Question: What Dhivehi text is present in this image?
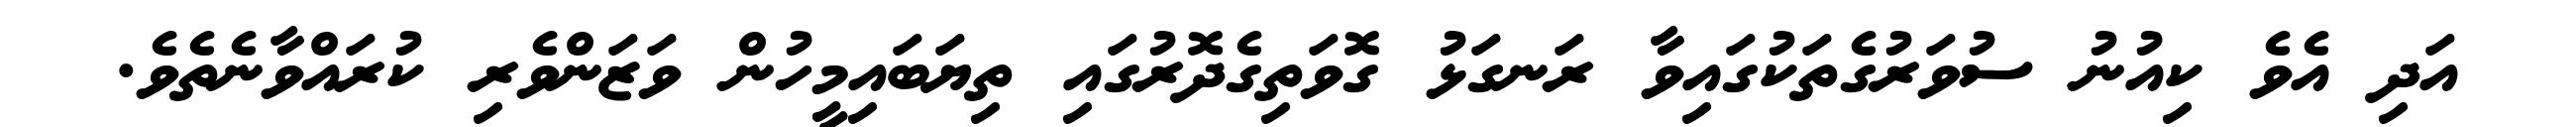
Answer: އަދި އެވެ ކިއުނު ސުވަރުގެތަކުގައިވާ ރަނގަޅު ގޮވަތިގެދޮރުގައި ތިޔަބައިމީހުން ވަޒަންވެރި ކުރައްވާނެތެވެ.